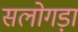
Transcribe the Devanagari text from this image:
सलोगड़ा